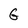
Character: G